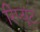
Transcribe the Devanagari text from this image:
रिप्यूट